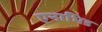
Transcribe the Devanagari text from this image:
एनाभिड